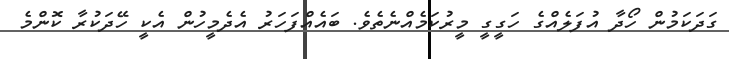
ގަދަކަމުން ހޯދާ އުފަލެއްގެ ހަގީގީ މީރުކަމެއްނެތެވެ. ބައެއްފަހަރު އެދެމީހުން އެކީ ހޭދަކުރާ ކޮންމެ